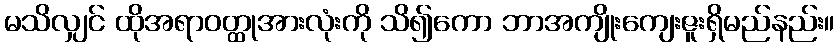
မသိလျှင် ထိုအရာဝတ္ထုအားလုံးကို သိ၍ကော ဘာအကျိုးကျေးဇူးရှိမည်နည်း။